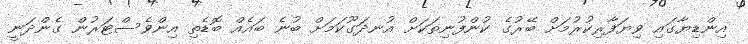
އިންޑިޔާގައި ވިޔަފާރިކުރުމަށް ބޭރުގެ ކުންފުނިތަކަށް އުނދަގޫކަމަށް ބުނެ ބައެއް ބޮޑެތި އިންވެސްޓަރުން ގެންދަނީ